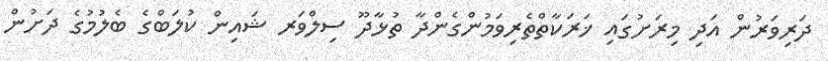
ދަރިވަރުން އަދި މިރަށުގައި ޚަރަކާތްތެރިވަމުންގެންދާ ތުޅާދޫ ސިލްވަރ ޝައިން ކުލަބްގެ ބެލުމުގެ ދަށުން